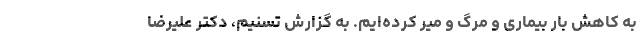
به کاهش بار بیماری و مرگ و میر کرده‌ایم. به گزارش تسنیم، دکتر علیرضا